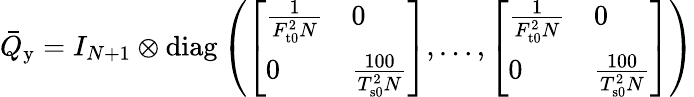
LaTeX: \begin{array}{r}{\bar{Q}_{\mathrm{y}}=I_{N+1}\otimes\mathrm{diag}\left(\left[\begin{array}{ll}{\frac{1}{F_{\mathrm{t0}}^{2}N}}&{0}\\ {0}&{\frac{100}{T_{\mathrm{s0}}^{2}N}}\end{array}\right],\ldots,\left[\begin{array}{ll}{\frac{1}{F_{\mathrm{t0}}^{2}N}}&{0}\\ {0}&{\frac{100}{T_{\mathrm{s0}}^{2}N}}\end{array}\right]\right)}\end{array}